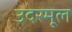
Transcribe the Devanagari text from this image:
उदरमूल